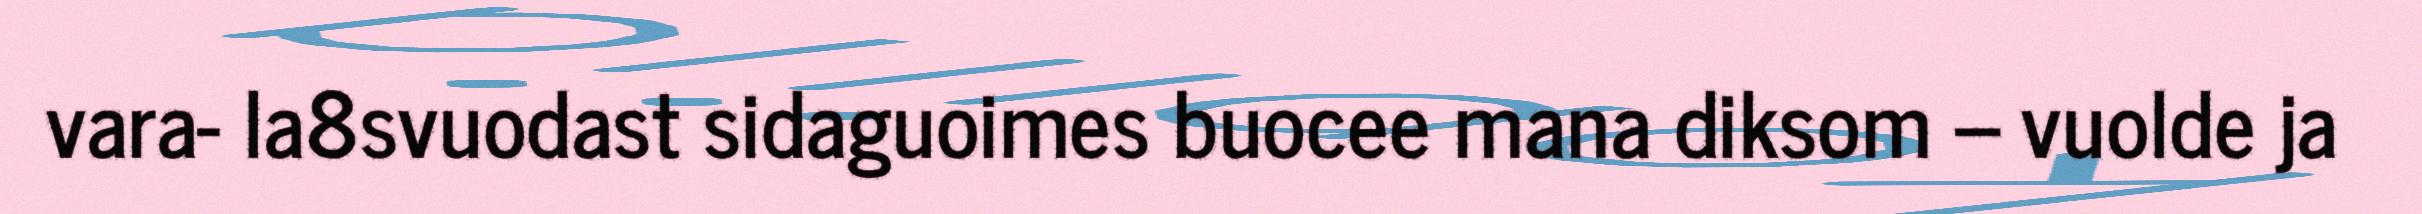
vara- la8svuodast sidaguoimes buocee mana diksom – vuolde ja